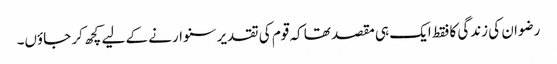
رضوان کی زندگی کا فقط ایک ہی مقصد تھا کہ قوم کی تقدیر سنوارنے کے لیے کچھ کر جاؤں۔